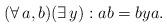
LaTeX: \begin{align*}(\forall\,a,b)(\exists\,y): ab=bya.\end{align*}